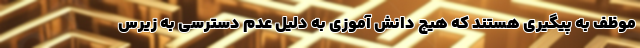
موظف به پیگیری هستند که هیچ دانش آموزی به دلیل عدم دسترسی به زیرس